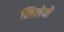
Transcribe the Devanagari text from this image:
लिलेने